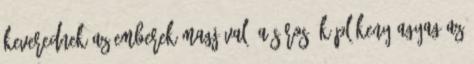
keverednek az emberek magjával. A sáros, képlékeny agyag az